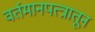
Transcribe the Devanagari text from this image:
वर्तमानपत्त्रातून